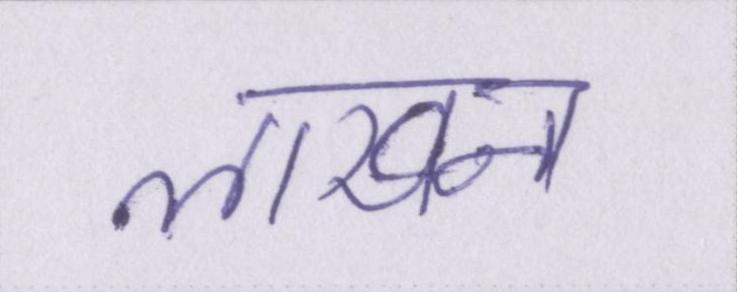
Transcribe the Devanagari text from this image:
लाखन